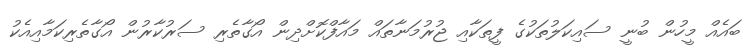
ބައެއް މީހުން ބުނީ ސައިކަލުތަކުގެ ފީތަކާއި ޖުރުމަނާތައް މައާފްކޮށްދިން އޯގާތެރި ސަރުކާރުން އޯގާތެރިކަމާއިއެކު